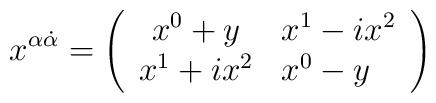
x^{\alpha {\dot \alpha}}=\left(\begin{array}{cl}x^{0}+y      & x^{1}-ix^{2}\\x^{1}+ix^{2} & x^{0}-y\end{array} \right)